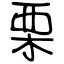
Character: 栗